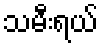
သမီးရယ်